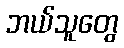
ဘယ်သူတွေ